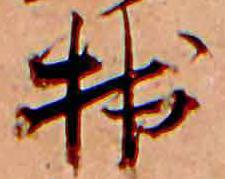
拙